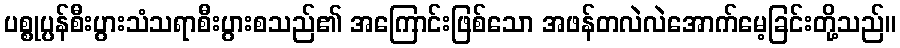
ပစ္စုပ္ပန်စီးပွားသံသရာစီးပွားစသည်၏ အကြောင်းဖြစ်သော အဖန်တလဲလဲအောက်မေ့ခြင်းတို့သည်။